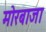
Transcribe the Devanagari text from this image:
मोरबाजा